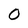
Character: O